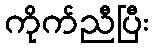
ကိုက်ညီပြီး